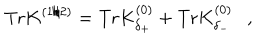
\mathrm { T r } K ^ { ( 1 / 2 ) } = \mathrm { T r } K _ { \delta _ { + } } ^ { ( 0 ) } + \mathrm { T r } K _ { \delta _ { - } } ^ { ( 0 ) } ,